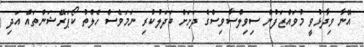
އޭނާ ވިދާޅުވީ މުވައްޒަފުން ސިވިލްސާވިސްގެ ދަށަށް ބަދަލުކުރި ނަމަވެސް ހެލްތު ކޯޕަރޭޝަންތައް އަދި